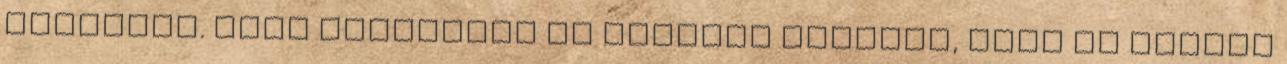
csábítva. Nagy erőlködés és éberség kellett, hogy el tudjam